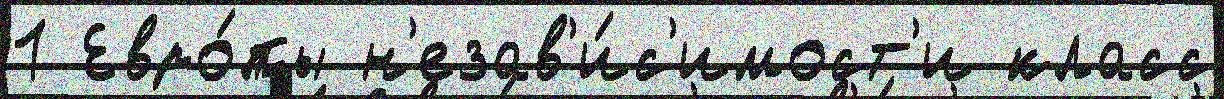
1 Евро́пы н'езав'и́с'имост'и класс